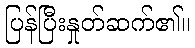
ပြန်ပြီးနှုတ်ဆက်၏။